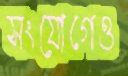
সংযোগেও